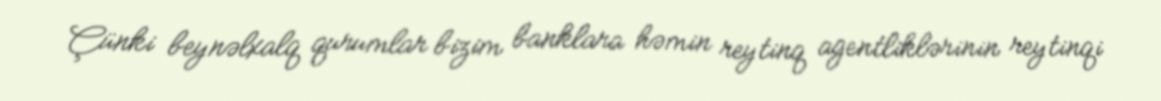
Çünki beynəlxalq qurumlar bizim banklara həmin reytinq agentliklərinin reytinqi